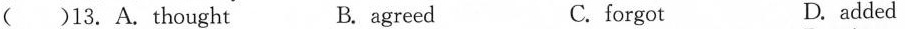
( )13.A. thought B. agreed C.forgot D. added